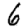
Digit: 6